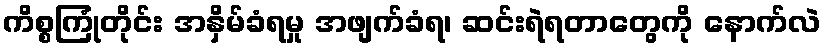
ကိစ္စကြုံတိုင်း အနှိမ်ခံရမှု အဖျက်ခံရ၊ ဆင်းရဲရတာတွေကို နောက်လဲ